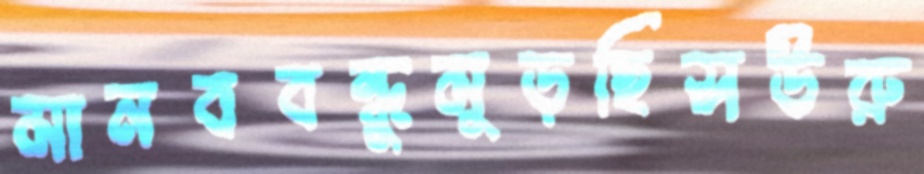
মানববন্ধুমুড়ছিসউরু